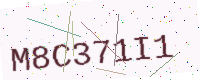
Text: M8C371I1